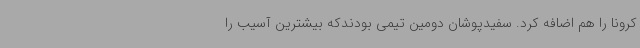
کرونا را هم اضافه کرد. سفیدپوشان دومین تیمی بودندکه بیشترین آسیب را